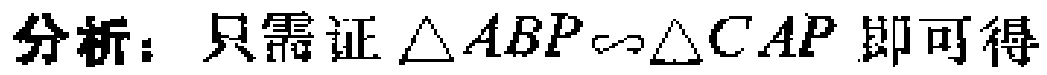
分析：只需证$\triangle ABP\sim\triangle CAP$即可得